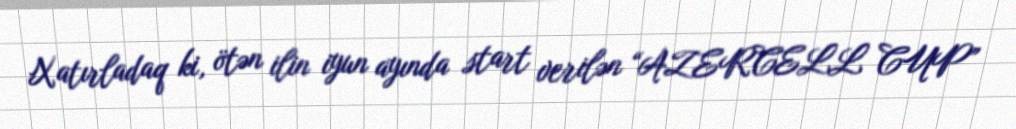
Xatırladaq ki, ötən ilin iyun ayında start verilən “AZERCELL CUP”